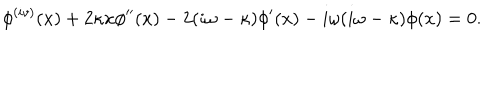
LaTeX: \phi ^ { ( i v ) } ( x ) + 2 \kappa x \phi ^ { \prime \prime } ( x ) - 2 ( i \omega - \kappa ) \phi ^ { \prime } ( x ) - i \omega ( i \omega - \kappa ) \phi ( x ) = 0 .